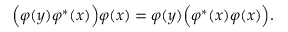
\Bigl ( \varphi ( y ) \varphi ^ { * } ( x ) \Bigl ) \varphi ( x ) = \varphi ( y ) \Bigl ( \varphi ^ { * } ( x ) \varphi ( x ) \Bigl ) .